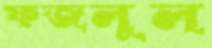
ফজলুল